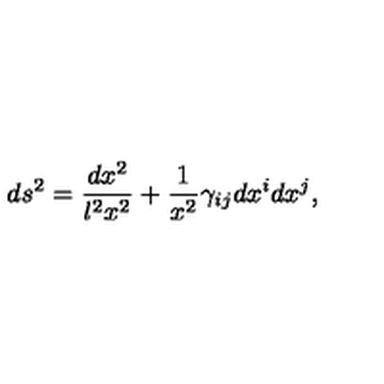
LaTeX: d s ^ { 2 } = \frac { d x ^ { 2 } } { l ^ { 2 } x ^ { 2 } } + \frac 1 { x ^ { 2 } } \gamma _ { i j } d x ^ { i } d x ^ { j } ,